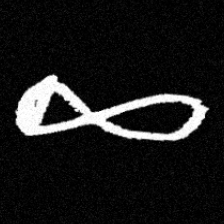
Pyu character \u2014 Myanmar letter: ဆ (romanized: cha)